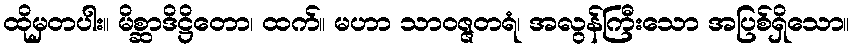
ထိုမှတပါး။ မိစ္ဆာဒိဋ္ဌိတော၊ ထက်။ မဟာ သာဝဇ္ဇတရံ၊ အလွန်ကြီးသော အပြစ်ရှိသော။